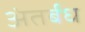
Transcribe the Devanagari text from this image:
अंतर्बध